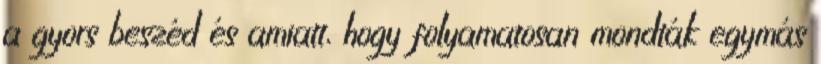
a gyors beszéd és amiatt, hogy folyamatosan mondták egymás